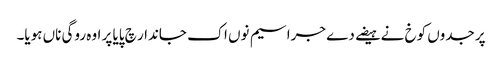
پر جدوں کوخ نے ہیضے دے جراسیم نوں اک جاندار چ پایا پر اوہ روگی ناں ہویا۔